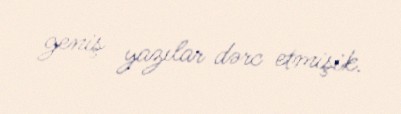
geniş yazılar dərc etmişik.